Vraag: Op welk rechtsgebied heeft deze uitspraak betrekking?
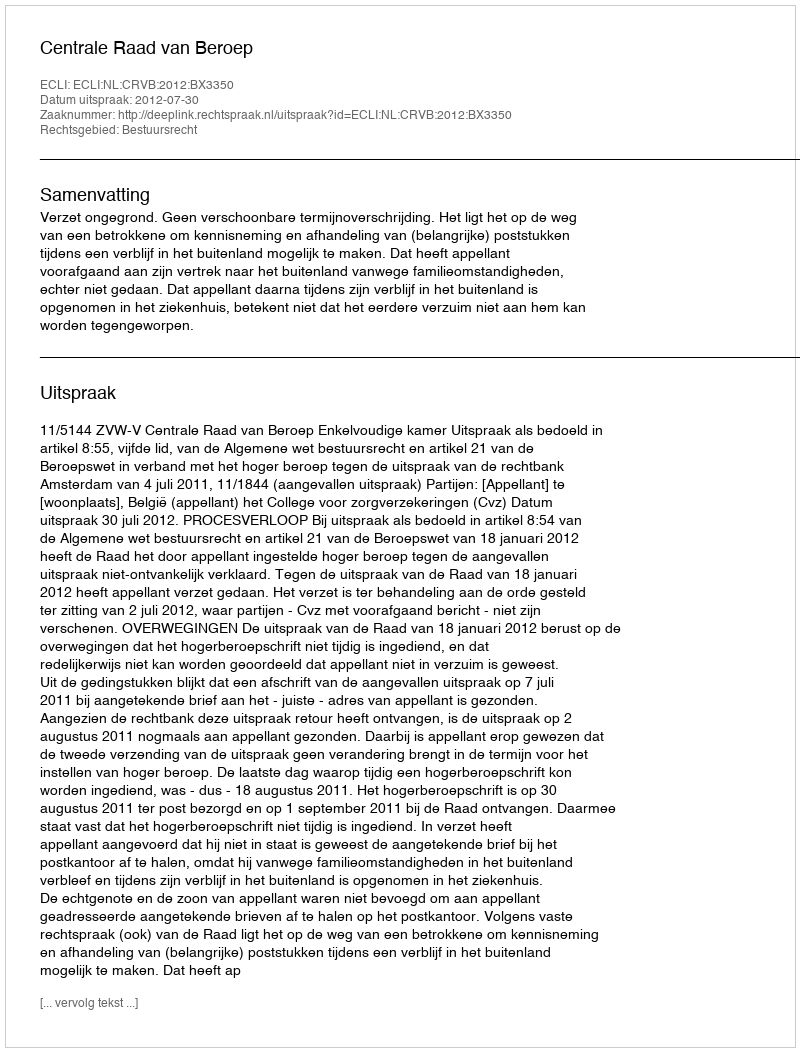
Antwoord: Bestuursrecht